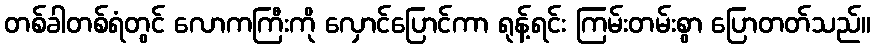
တစ်ခါတစ်ရံတွင် လောကကြီးကို လှောင်ပြောင်ကာ ရုန့်ရင်း ကြမ်းတမ်းစွာ ပြောတတ်သည်။